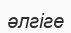
әлгіге